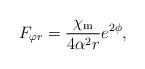
LaTeX: \begin{align*}F_{\varphi r}=\frac{\chi_{\rm m}}{4 \alpha^2 r}e^{2 \phi},\end{align*}